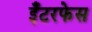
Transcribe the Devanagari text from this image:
इँटरफेस